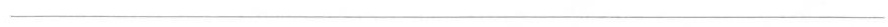
___